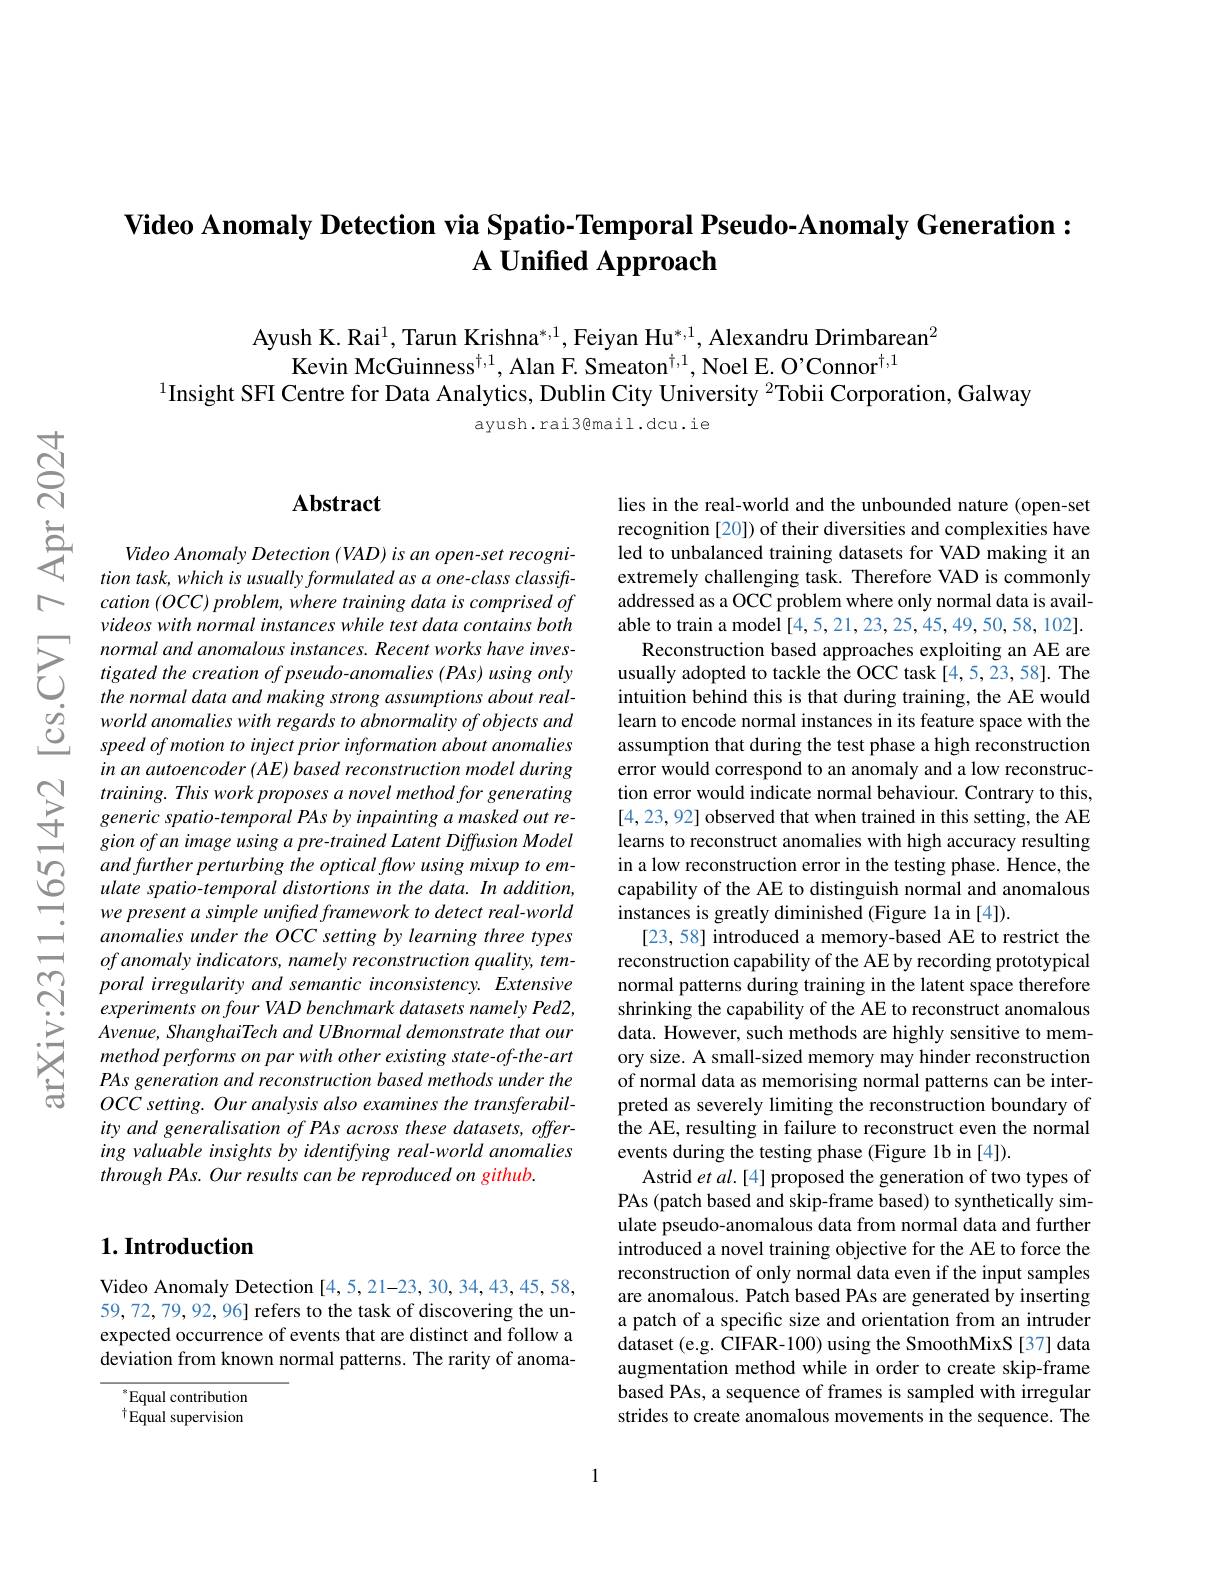
# $\textbf{Video Anomaly Detection via Spatio- Temporal Pseudo- Anomaly Generation: }$ $\textbf{A Unified Approach}$

Ayush K. Rai$^1,\text{Tarun Krishna}^{*,1}$,Feiyan Hu$^{*,1}$, Alexandru Drimbarean$^2$
Kevin McGuinness$^{\dagger,1}$, Alan F. Smeaton$^{\dagger,1}$, Noel E. O'Connor$^{\dagger,1}$
$^{1}$Insight SFI Centre for Data Analytics, Dublin City University $^{2}$Tobii Corporation, Galway

ayush.rai3@mail.dcu.ie

## Abstract

Video Anomaly Detection (VAD) is an open-set recognition task, which is usually formulated as a one- class classift- $cation(OCC)problem,wheretrainingdataiscomprisedof$ videos with normal instances while test data contains both normal and anomalous instances. Recent works have investigated the creation of pseudo-anomalies (PAs) using only the normal data and making strong assumptions about realworld anomalies with regards to abnormality of objects and speed of motion to inject prior information about anomalies in an autoencoder (AE) based reconstruction model during $training.Thisworkproposesanovelmethodforgenerating$ generic spatio-temporal PAs by inpainting a masked out region of an image using a pre-trained Latent Diffusion Model and further perturbing the optical flow using mixup to emulate spatio-temporal distortions in the data. In addition, we present a simple unifted framework to detect real-world anomalies under the OCC setting by learning three types ofanomaly indicators, namely reconstruction quality, temporal irregularity and semantic inconsistency. Extensive experiments on four VAD benchmark datasets namely Ped2, Avenue, ShanghaiTech and UBnormal demonstrate that our method performs on par with other existing state-of-the-art PAs generation and reconstruction based methods under the $OCC$ setting. Our analysis also examines the transferability and generalisation of PAs across these datasets, offering valuable insights by identifying real-world anomalies $throughPAs. Our\textit{results can be reproduced on github. }$

lies in the real-world and the unbounded nature (open-set recognition [20]) of their diversities and complexities have led to unbalanced training datasets for VAD making it an extremely challenging task. Therefore VAD is commonly addressed as a OCC problem where only normal data is available to train a model [4,5,21,23,25,45,49,50,58,102].
Reconstruction based approaches exploiting an AE are usually adopted to tackle the OCC task [4,5,23,58]. The intuition behind this is that during training, the AE would learn to encode normal instances in its feature space with the assumption that during the test phase a high reconstruction error would correspond to an anomaly and a low reconstruction error would indicate normal behaviour. Contrary to this, [4,23,92] observed that when trained in this setting, the AE learns to reconstruct anomalies with high accuracy resulting in a low reconstruction error in the testing phase. Hence, the capability of the AE to distinguish normal and anomalous instances is greatly diminished (Figure 1a in [4]).
[23, 58] introduced a memory-based AE to restrict the reconstruction capability of the AE by recording prototypical normal patterns during training in the latent space therefore shrinking the capability of the AE to reconstruct anomalous data. However, such methods are highly sensitive to memory size. A small-sized memory may hinder reconstruction of normal data as memorising normal patterns can be interpreted as severely limiting the reconstruction boundary of the AE, resulting in failure to reconstruct even the normal events during the testing phase (Figure 1b in [4]).
Astrid $etal.[4]$ proposed the generation of two types of PAs (patch based and skip-frame based) to synthetically simulate pseudo-anomalous data from normal data and further introduced a novel training objective for the AE to force the reconstruction of only normal data even if the input samples are anomalous. Patch based PAs are generated by inserting a patch of a specific size and orientation from an intruder dataset (e.g. CIFAR-100) using the SmoothMixS [37] data augmentation method while in order to create skip-frame based PAs, a sequence of frames is sampled with irregular strides to create anomalous movements in the sequence. The

## $1. \textbf{Introduction}$

Video Anomaly Detection [4,5,21-23,30,34,43,45,58, 59, 72, 79, 92, 96] refers to the task of discovering the unexpected occurrence of events that are distinct and follow a deviation from known normal patterns. The rarity of anoma-

$^{*}$Equal contribution $^{\dagger}$Equal supervision

1